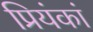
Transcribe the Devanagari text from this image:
प्रियंकां